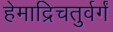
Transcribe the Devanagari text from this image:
हेमाद्रिचतुर्वर्गं